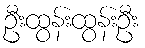
ဦးထွန်းထွန်းဦး